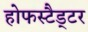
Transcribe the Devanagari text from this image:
होफस्टैड्टर